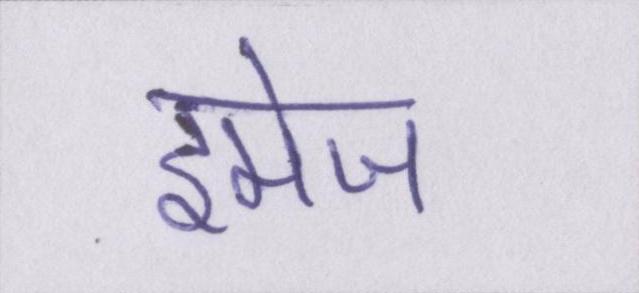
इमेज